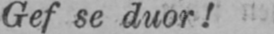
Gef se duor!